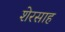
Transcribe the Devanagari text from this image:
शेरसाह